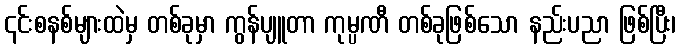
၎င်းစနစ်များထဲမှ တစ်ခုမှာ ကွန်ပျူတာ ကုမ္ပဏီ တစ်ခုဖြစ်သော နည်းပညာ ဖြစ်ပြီး၊